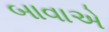
બાવાએ